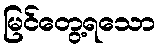
မြင်တွေ့ရသော